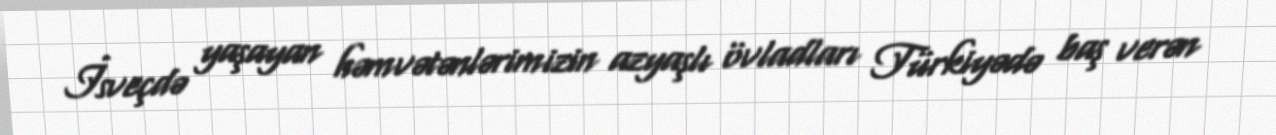
İsveçdə yaşayan həmvətənlərimizin azyaşlı övladları Türkiyədə baş verən